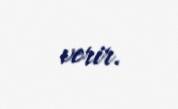
verir.